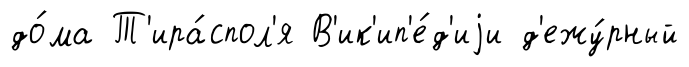
до́ма Т'ира́спол'я В'ик'ип'е́д'иjи д'ежу́рный